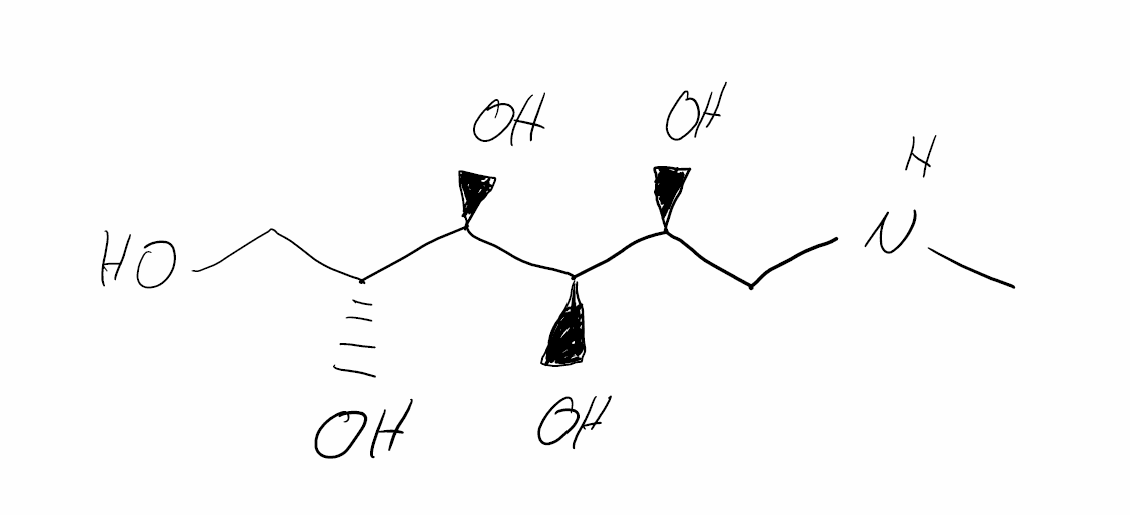
Simplified molecular-input line-entry system (SMILES) notation of the given molecule:
CNC[C@@H]([C@H]([C@@H]([C@@H](CO)O)O)O)O